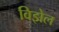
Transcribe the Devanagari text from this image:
विझेल